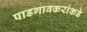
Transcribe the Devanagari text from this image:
पाडगावकरांकडे